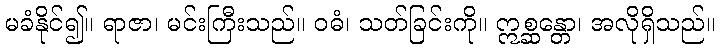
မခံနိုင်၍။ ရာဇာ၊ မင်းကြီးသည်။ ဝဓံ၊ သတ်ခြင်းကို။ ဣစ္ဆန္တော၊ အလိုရှိသည်။